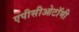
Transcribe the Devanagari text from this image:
एपीसीओटॉमी